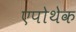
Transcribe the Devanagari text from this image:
एपोथेक